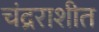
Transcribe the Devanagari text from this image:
चंद्रराशीत